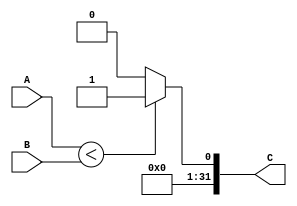
module SLTU(
input [31:0] A, 
input [31:0] B,
output [31:0] C
    );
    
    assign C = (A < B)? 1 : 0;
endmodule